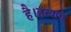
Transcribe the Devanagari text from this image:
है।हत्याएं